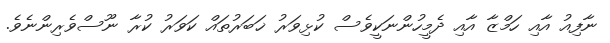
ނާފިއު އާއި ހަމްޒާ އާއި ދެމީހުންނަކީވެސް ކުޅިވަރު ޚަބަރުތައް ކަވަރު ކުރާ ނޫސްވެރިންނެވެ.